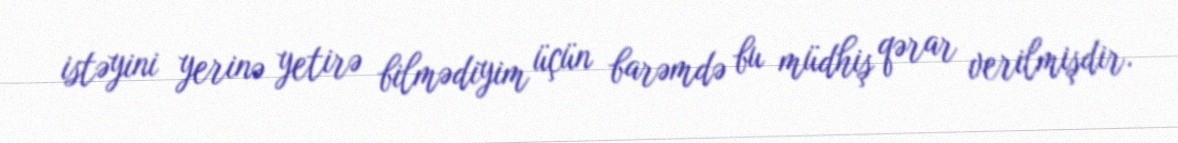
istəyini yerinə yetirə bilmədiyim üçün barəmdə bu müdhiş qərar verilmişdir.